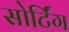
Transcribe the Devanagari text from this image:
सोर्टिंग